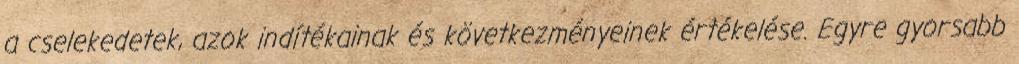
a cselekedetek, azok indítékainak és következményeinek értékelése. Egyre gyorsabb